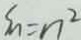
S _ { n } = n ^ { 2 }